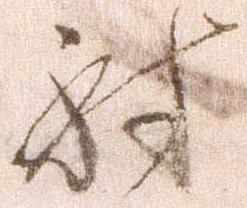
討